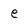
Character: e